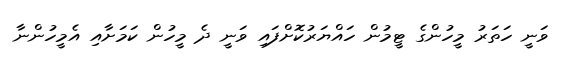
ވަނީ ހަތަރު މީހުންގެ ޓީމުން ހައްޔަރުކޮށްފައި ވަނީ ދެ މީހުން ކަމަށާއި އެމީހުންނާ